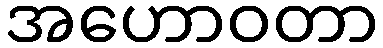
အဟောဝတာ